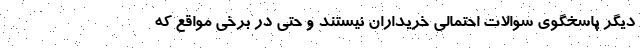
دیگر پاسخگوی سوالات احتمالی خریداران نیستند و حتی در برخی مواقع که